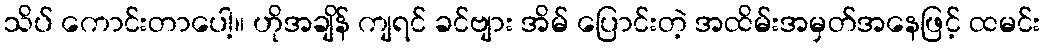
သိပ် ကောင်းတာပေါ့။ ဟိုအချိန် ကျရင် ခင်ဗျား အိမ် ပြောင်းတဲ့ အထိမ်းအမှတ်အနေဖြင့် ထမင်း